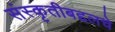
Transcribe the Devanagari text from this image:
संस्कृतीबद्दलचे